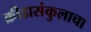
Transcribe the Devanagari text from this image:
क्रीडासंकुलाचा